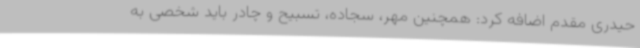
حیدری مقدم اضافه کرد: همچنین مهر، سجاده، تسبیح و چادر باید شخصی به